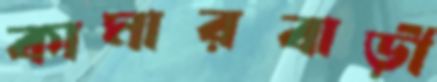
কামারবাড়ী